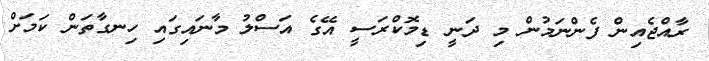
ރާއްޖެއިން ފެންނަމުން މި ދަނީ ޑިމޮކްރަސީ އޭގެ އަސްލު މާނައިގައި ހިނގާތަން ކަމަށް